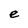
Character: e